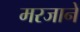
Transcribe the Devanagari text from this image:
मरजाने